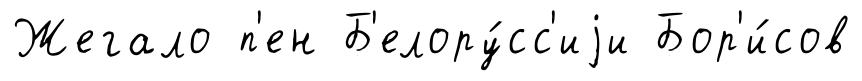
Жегало п'ен Б'елору́сс'иjи Бор'и́сов